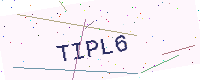
Text: TIPL6